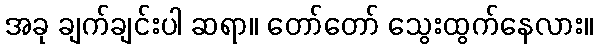
အခု ချက်ချင်းပါ ဆရာ။ တော်တော် သွေးထွက်နေလား။